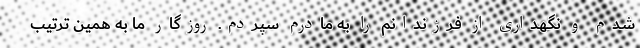
شدم و نگهداری از فرزندانم را به مادرم سپردم. روزگار ما به همین ترتیب